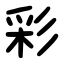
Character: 彩